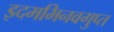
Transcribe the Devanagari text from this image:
इदमभिनवगुप्त